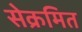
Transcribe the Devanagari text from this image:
सेक्रमित